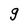
Character: g